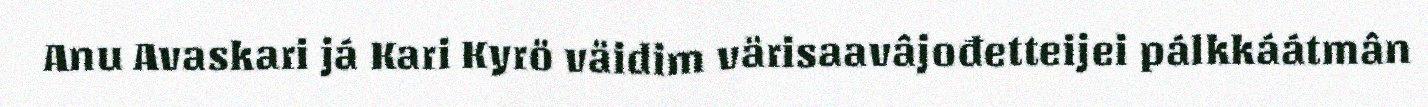
Anu Avaskari já Kari Kyrö väidim värisaavâjođetteijei pálkkáátmân